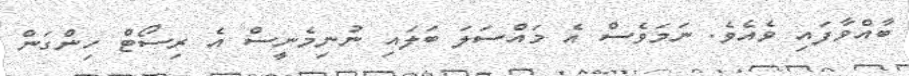
ބާއްވާފައި ވެއެވެ. ނަމަވެސް އެ މައްސަލަ ބަލައި ނުނިމެނީސް އެ ރިސޯޓް ހިންގަން